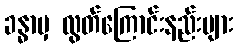
ခန္ဓာမှ လွတ်ကြောင်းနည်းများ